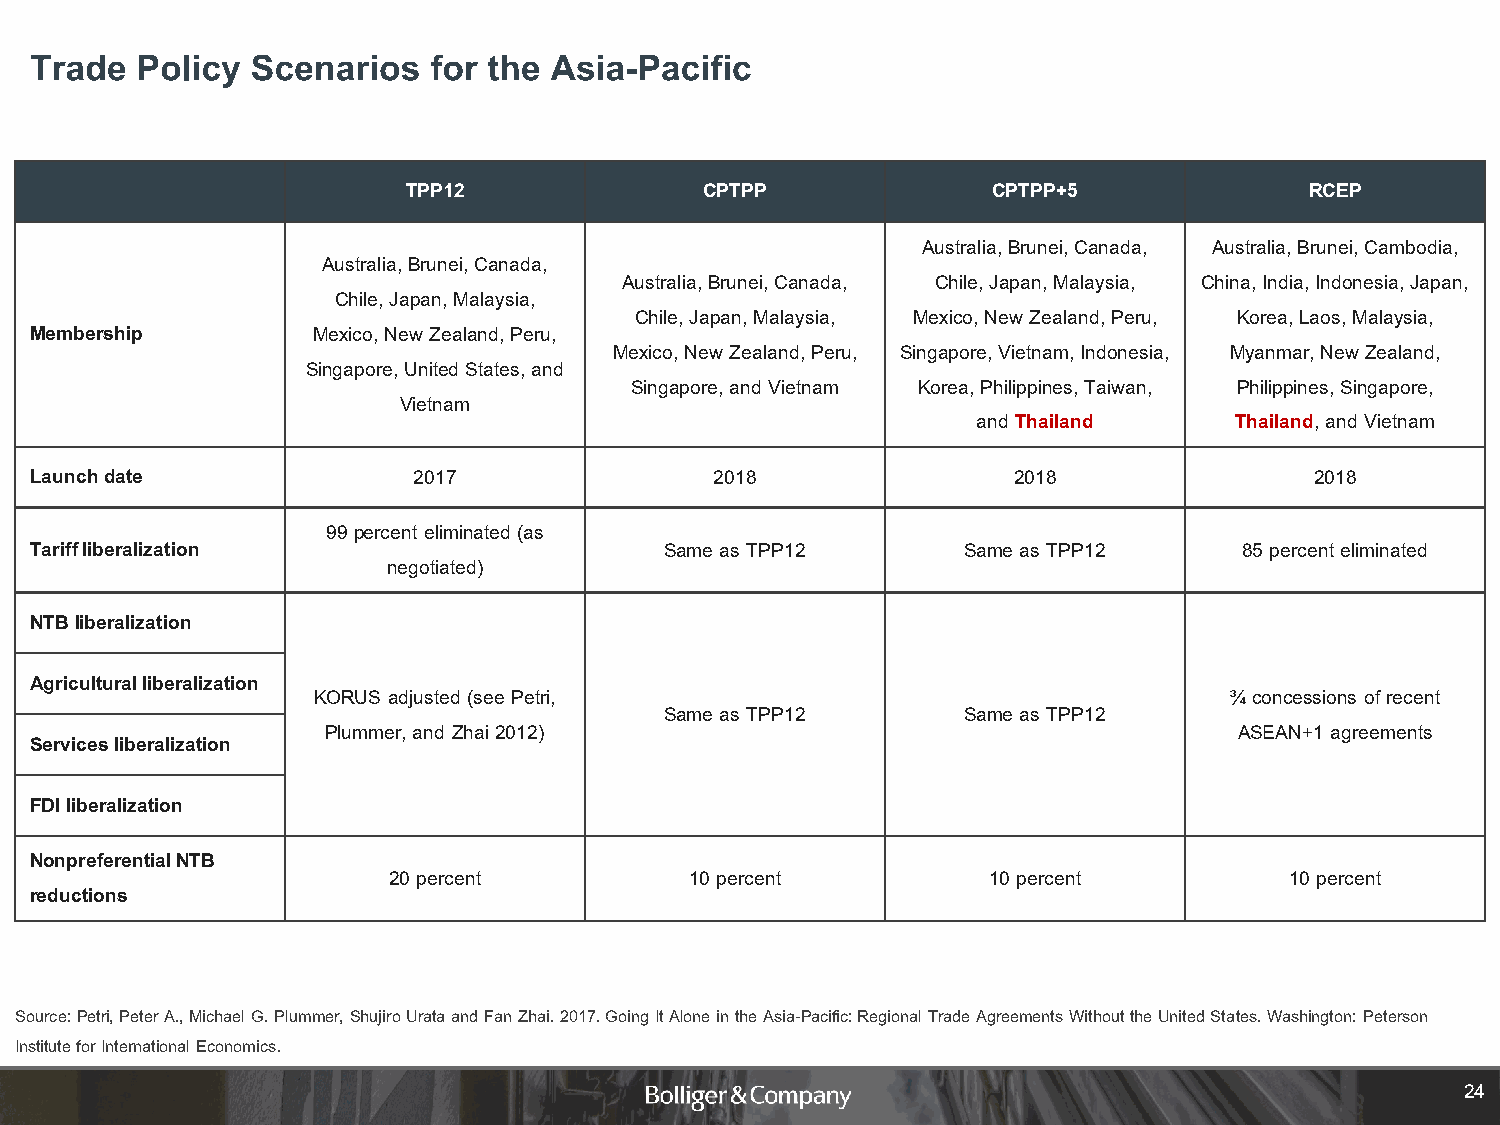
Trade  Policy  Scenarios   for the Asia-Pacific
 TPP12               CPTPP              CPTPP+5              RCEP
 Australia, Brunei, Canada, Australia, Brunei, Cambodia,
 Australia, Brunei, Canada,
 Australia, Brunei, Canada, Chile, Japan, Malaysia, China, India, Indonesia, Japan,
 Chile, Japan, Malaysia,
 Chile, Japan, Malaysia, Mexico, New Zealand, Peru, Korea, Laos, Malaysia,
 Membership         Mexico, New Zealand, Peru,
 Mexico, New Zealand, Peru, Singapore, Vietnam, Indonesia, Myanmar, New Zealand,
 Singapore, United States, and
 Singapore, and Vietnam Korea, Philippines, Taiwan, Philippines, Singapore,
 Vietnam
 and Thailand     Thailand, and Vietnam
 Launchdate               2017                2018                2018                2018
 99 percent eliminated (as
 Tariff liberalization                     Same as TPP12       Same as TPP12     85 percent eliminated
 negotiated)
 NTBliberalization
 Agricultural liberalization
 KORUS adjusted (see Petri,                                  ¾ concessions of recent
 Same as TPP12       Same as TPP12
 Plummer, and Zhai 2012)                                     ASEAN+1 agreements
 Servicesliberalization
 FDI liberalization
 NonpreferentialNTB
 20 percent          10 percent         10 percent          10 percent
 reductions
 Source: Petri, Peter A., Michael G. Plummer, ShujiroUrata and Fan Zhai. 2017. Going It Alone in the Asia-Pacific: Regional Trade Agreements Without the United States. Washington: Peterson
 Institute for International Economics.
 24